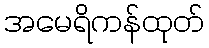
အမေရိကန်ထုတ်